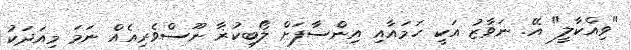
"ވިއްކާލީ" އޭ. ނަވާޒު އަކީ ހަމައާއި އިންސާފަށް ލޯބިކުޜާ ނޫސްވެރިއެއް ނަމަ މިއަދަކު